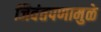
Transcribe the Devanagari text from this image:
जिवंतपणामुळे